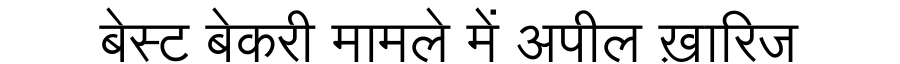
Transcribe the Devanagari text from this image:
बेस्ट बेकरी मामले में अपील ख़ारिज